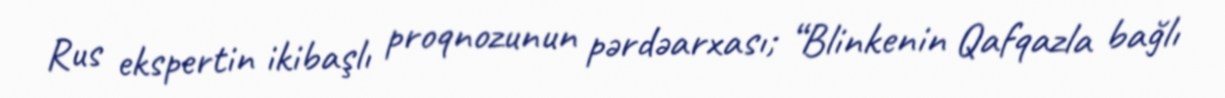
Rus ekspertin ikibaşlı proqnozunun pərdəarxası; “Blinkenin Qafqazla bağlı